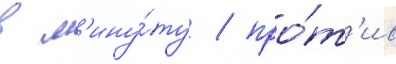
в м'ину́ту / про́т'ив